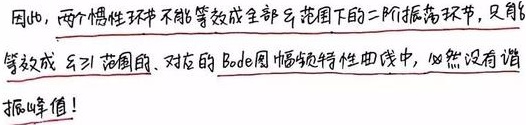
因此，两个惯性环节不能等效成全部\(\omega\)范围下的二阶振荡环节，只能等效成\(\omega\)范围的、对应的Bode图幅频特性曲线中，必然没有谐振峰值！